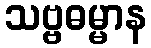
သဗ္ဗဓမ္မာန